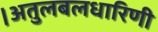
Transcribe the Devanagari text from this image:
।अतुलबलधारिणी